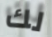
لك